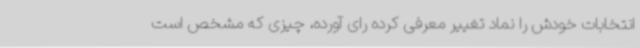
انتخابات خودش را نماد تغییر معرفی کرده رای آورده، چیزی که مشخص است